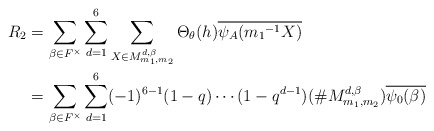
\begin{align*} R_2 &=\sum_{\beta \in F^{\times}}\sum_{d=1}^{6}\sum_{X \in M_{m_{1},m_{2}}^{ d,\beta}}\Theta_{\theta}(h)\overline{\psi_A({m_1}^{-1}X)}\\ &=\sum_{\beta \in F^{\times}} \sum_{d=1}^{6}(-1)^{6-1}(1-q) \cdots (1-q^{d-1})(\# M_{m_{1},m_{2}}^{ d,\beta})\overline{\psi_0(\beta)} \end{align*}